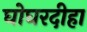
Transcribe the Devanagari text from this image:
घोघरदीहा